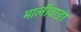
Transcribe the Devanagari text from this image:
मालीवाङा